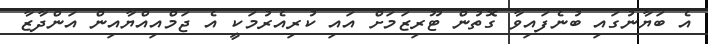
އެ ބަޔާނުގައި ބުނެފައިވާ ގޮތުން ޓޫރިޒަމަށް އައި ކުރިއެރުމަކީ އެ ޖަމްއިއްޔާއިން އަންދާޒާ